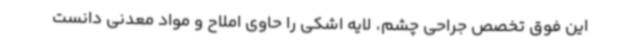
این فوق تخصص جراحی چشم، لایه اشکی را حاوی املاح و مواد معدنی دانست